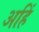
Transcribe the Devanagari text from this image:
अहिं